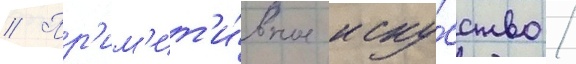
// Пр'им'ит'и́вное иску́сство /